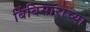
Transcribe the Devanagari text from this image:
बिंबिसाराच्या